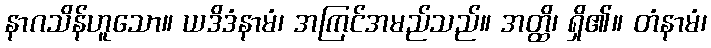
နာဂသိန်ဟူသော။ ယဒိဒံနာမံ၊ အကြင်အမည်သည်။ အတ္ထိ၊ ရှိ၏။ တံနာမံ၊